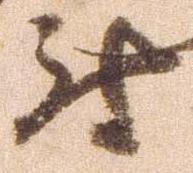
尉